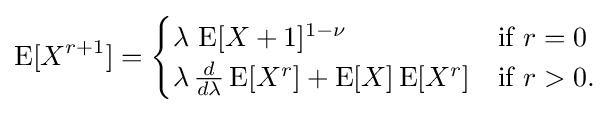
\operatorname {E} [X^{r+1}]={\begin{cases}\lambda \,\operatorname {E} [X+1]^{1-\nu }&{\text{if }}r=0\\\lambda \,{\frac {d}{d\lambda }}\operatorname {E} [X^{r}]+\operatorname {E} [X]\operatorname {E} [X^{r}]&{\text{if }}r>0.\\\end{cases}}